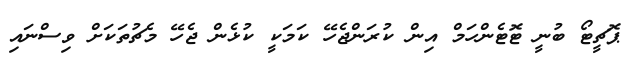
ޕޮޗީޓޯ ބުނީ ޓޮޓެންހަމް އިން ކުރަންޖެހޭ ކަމަކީ ކުޅެން ޖެހޭ މެޗުތަކަށް ވިސްނައި